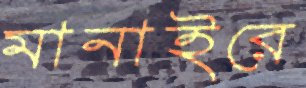
মানাইরে